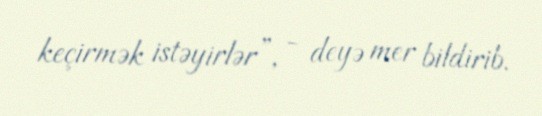
keçirmək istəyirlər”, - deyə mer bildirib.